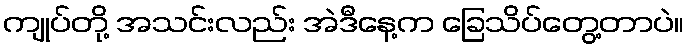
ကျုပ်တို့ အသင်းလည်း အဲဒီနေ့က ခြေသိပ်တွေ့တာပဲ။